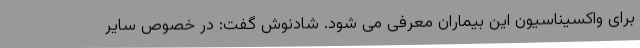
برای واکسیناسیون این بیماران معرفی می شود. شادنوش گفت: در خصوص سایر